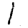
Digit: 1